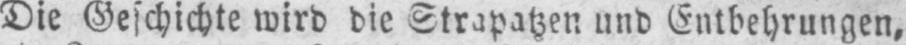
Die Geschichte wird die Strapatzen und Entbehrungen,